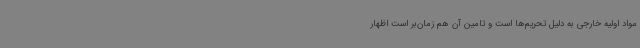
مواد اولیه خارجی به دلیل تحریم‌ها است و تامین آن هم‌ زمان‌بر است اظهار